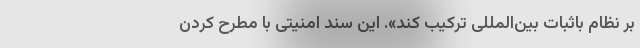
بر نظام باثبات بین‌المللی ترکیب کند». این سند امنیتی با مطرح کردن